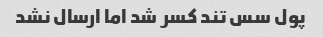
پول سس تند کسر شد اما ارسال نشد